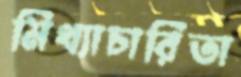
মিথ্যাচারিতা